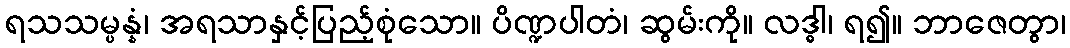
ရသသမ္ပန္နံ၊ အရသာနှင့်ပြည့်စုံသော။ ပိဏ္ဍပါတံ၊ ဆွမ်းကို။ လဒ္ဓါ၊ ရ၍။ ဘာဇေတွာ၊